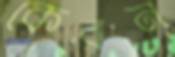
কেরন